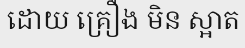
ដោយ គ្រឿង មិន ស្អាត